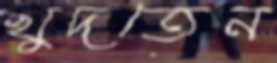
খুদতেন